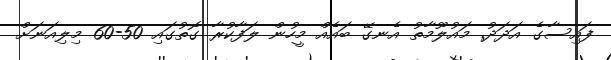
ފައިސާގެ އަދަދު